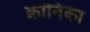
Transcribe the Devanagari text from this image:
क्रॉनिका